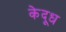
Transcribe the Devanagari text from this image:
केदूध